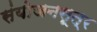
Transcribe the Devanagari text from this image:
संयोजनसूत्र